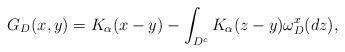
LaTeX: \begin{align*}G_D(x,y) = K_{\alpha}(x-y) - \int_{D^c} K_{\alpha}(z-y) \omega_D^x(dz),\end{align*}